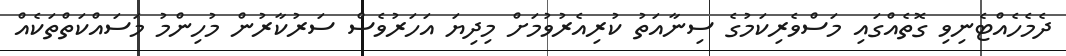
ދެމެހެއްޓެނިވި ގޮތެއްގައި މަސްވެރިކަމުގެ ސިނާއަތު ކުރިއެރުވުމަށް މިދިޔަ އަހަރުވެސް ސަރުކާރުން މުހިންމު މަސައްކަތްތަކެއް